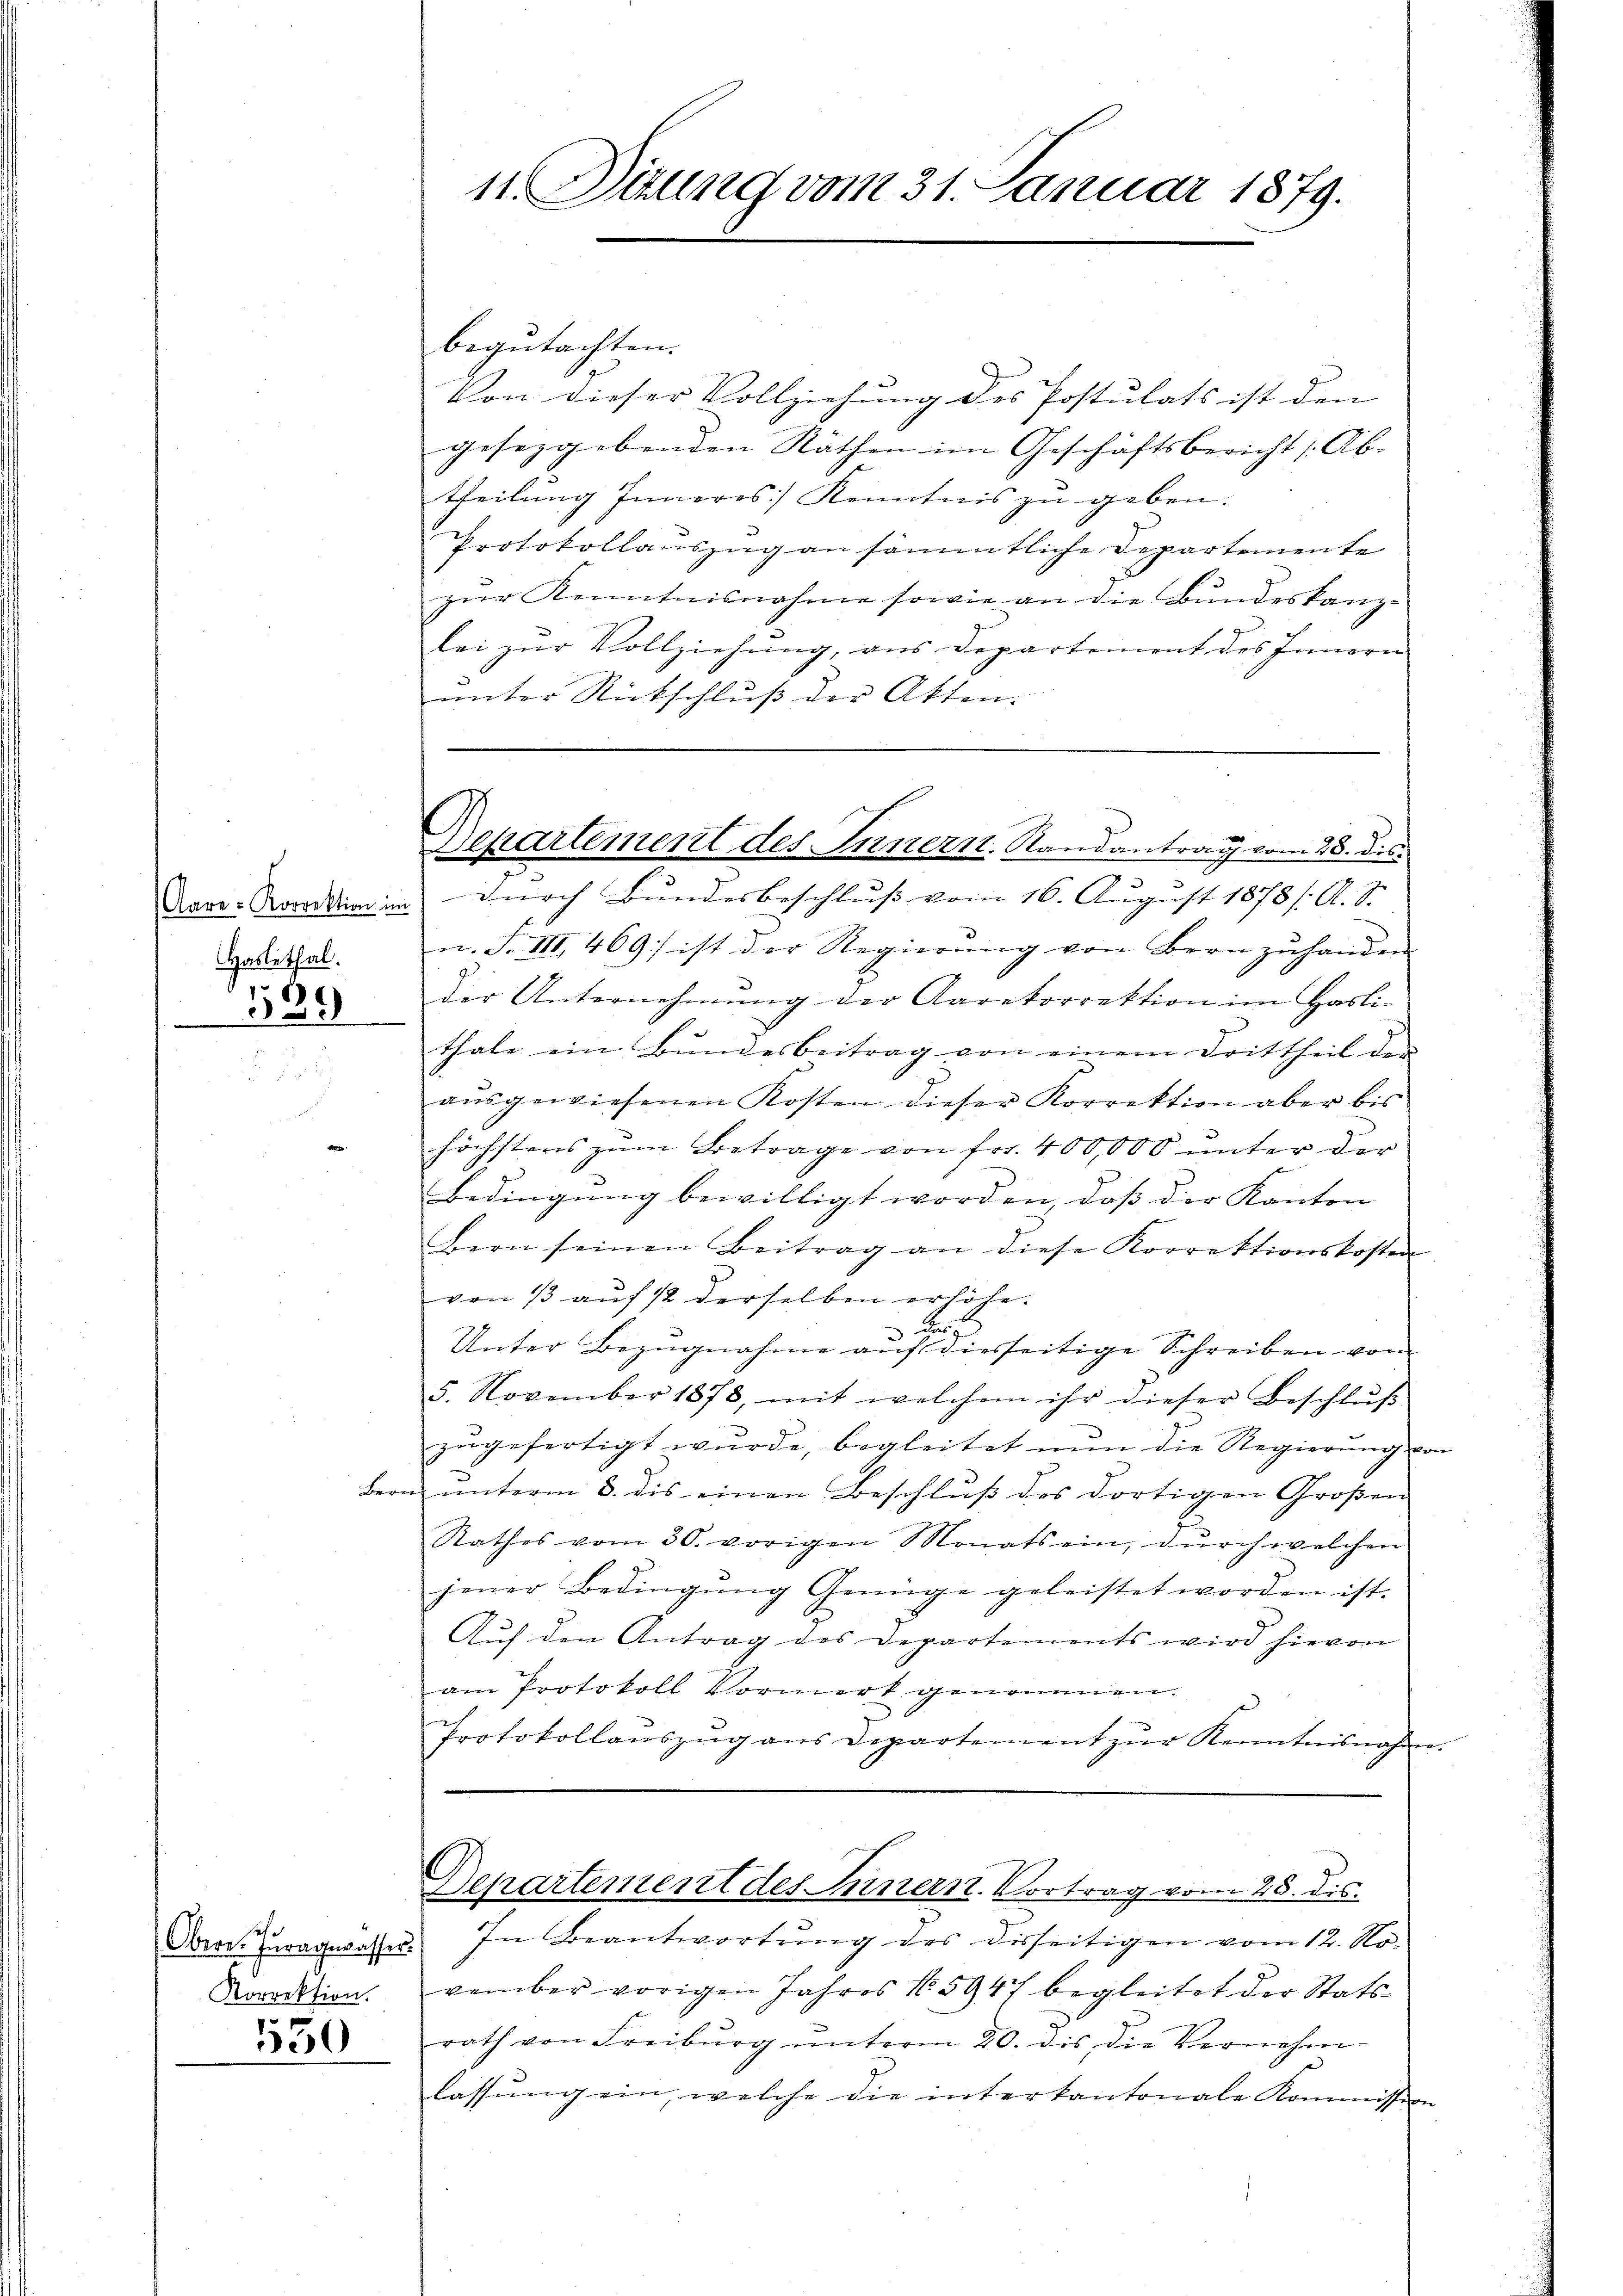
Aare-Korrektion in
Haslethal.

)
158

B

seh.
Obere. Inragewasser.
Korrektion.

150

11. Dirung vom 31. Januar 1879.

begutachten.
Von dieser Vollziehung des Postulats ist den |
geseggebenden Räthen im Geschäftsbericht [Ab-
theilung Inneres Kenntnis zu geben.
Protokollauszug an sämmtliche Departemente
zŭr Kenntnisnahme sowie an die Bŭndeskanz-
lei zur Vollziehung, aus Departement des Innern
unter Rückschluß der Akten.
durch Bundesbeschluß vom 16. August 1878 / A. S.
n. F. III. 469) ist der Regierŭng von Bern zŭ handen
der Unternehmung der Aaretorrektion im Hasli-
thale ein Bundesbeitrag von einem Drittheil der
aŭsgewiesenen Kosten dieser Korrektion aber bis
höchstens zum Betrage von fr. 400,000 unter der
Bedingung bewilligt worden, daß der Kanton
Bern seinen Beitrag an diese Korrektionskosten
von 13 auf 12 derselben erhöhe.
Unter Bezugnahme aŭf diesseitige Schreiben vom
5. November 1878, mit welchem ihr dieser Beschlŭβ
zugefertigt wurde, begleitet nun die Regierung
 ŭnterm 3. dis einen Beschluß des dortigen Großen
Rathes vom 30. vorigen Monats ein, dŭrch welchen
jener Bedingŭng Genüge geleistet worden ist.
Auf den Antrag des Departements wird hievon
am Protokoll Vormerk genommen.
Protokollanszŭg ans Departement zŭr Kenntnisnahm
Departement des Innern. Vortrag vom 28. dis
In Beantwortung des Disseitigen vom 12. No-
vember vorigen Jahres No 5947 begleitet der Statsrath von Freiburg unterm 20. dis, die Vernehm-
lassŭng ein, welche die interkantonale Kommissio

Departement des Innern. Randantrag vom 28. des